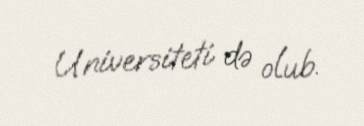
Universiteti də olub.